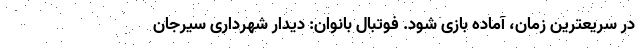
در سریعترین زمان، آماده بازی شود. فوتبال بانوان: دیدار شهرداری سیرجان